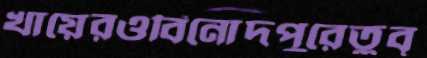
খায়েরওবিনোদপুরেতুব্